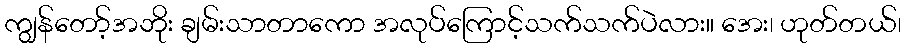
ကျွန်တော့်အဘိုး ချမ်းသာတာကော အလုပ်ကြောင့်သက်သက်ပဲလား။ အေး၊ ဟုတ်တယ်၊